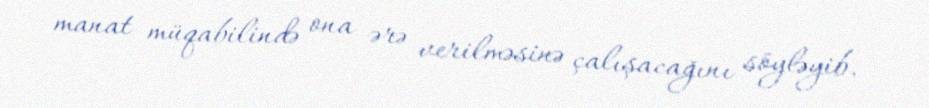
manat müqabilində ona ərə verilməsinə çalışacağını söyləyib.